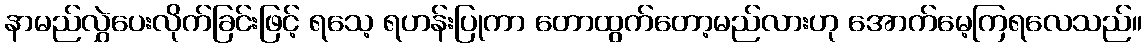
နာမည်လွှဲပေးလိုက်ခြင်းဖြင့် ရသေ့ ရဟန်းပြုကာ တောထွက်တော့မည်လားဟု အောက်မေ့ကြရလေသည်။